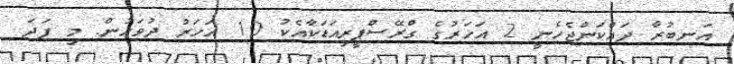
އަނބުރާ ދައްކަންޖެހެނީ 2 އަހަރުގެ ގްރޭސްޕީރިއަޑަކާއެކު 10 އަހަރު ދުވަހުން. މި ފަދަ